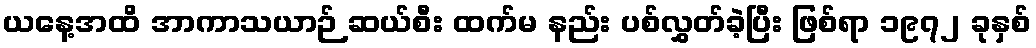
ယနေ့အထိ အာကာသယာဉ် ဆယ်စီး ထက်မ နည်း ပစ်လွှတ်ခဲ့ပြီး ဖြစ်ရာ ၁၉၇၂ ခုနှစ်